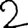
Digit: 2